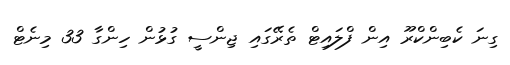
ގިނަ ކެބިންކްރޫ އިން ފްލައިޓް ތެރޭގައި ޖިންސީ ގުޅުން ހިންގާ 33 މިނެޓް